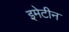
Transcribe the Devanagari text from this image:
इमेटीन